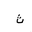
Letter: _tha